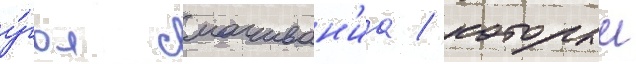
у́гол смачиван'иа / которыи